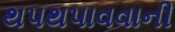
થપથપાવવાની